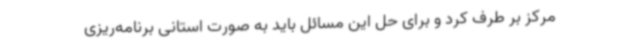
مرکز بر طرف کرد و برای حل این مسائل باید به صورت استانی برنامه‌ریزی